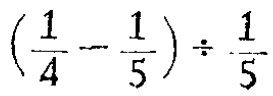
$\left(\frac{1}{4}-\frac{1}{5}\right)\div\frac{1}{5}$